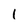
Character: 1